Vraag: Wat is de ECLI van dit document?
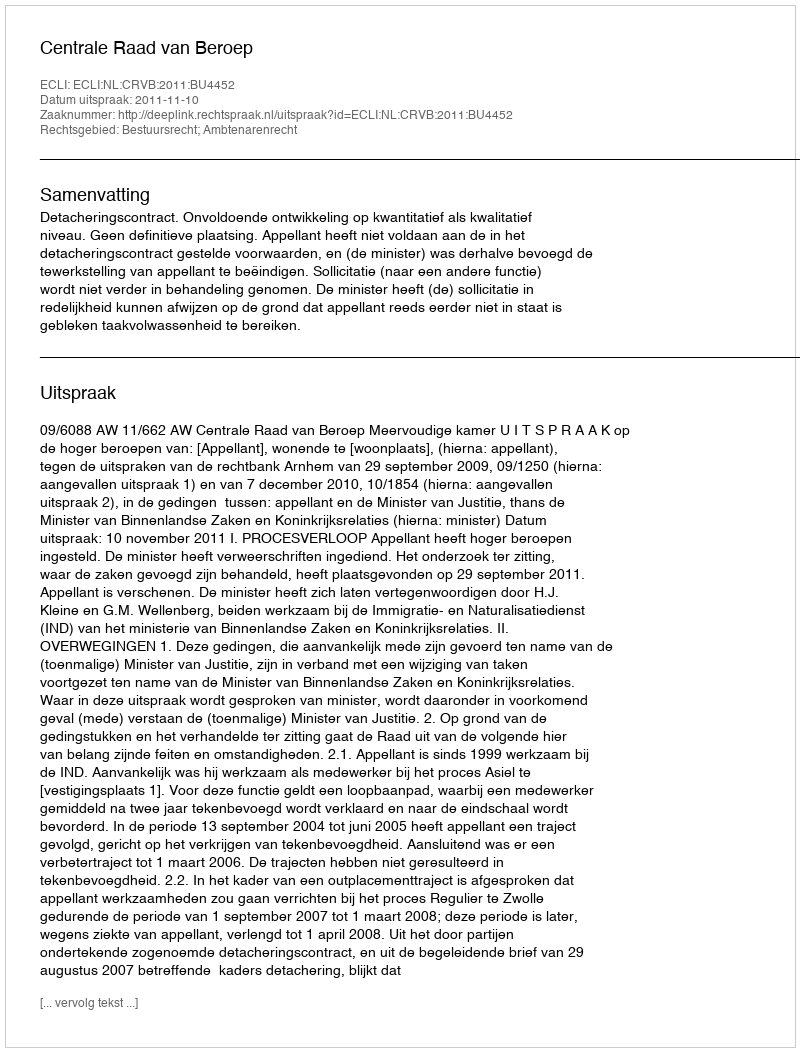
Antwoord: ECLI:NL:CRVB:2011:BU4452